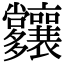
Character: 𡗑